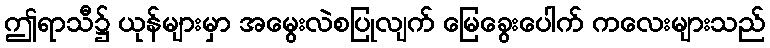
ဤရာသီ၌ ယုန်များမှာ အမွေးလဲစပြုလျက် မြေခွေးပေါက် ကလေးများသည်